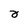
Character: 2